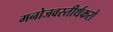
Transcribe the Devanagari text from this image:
मनोजवस्तीर्थकरो